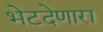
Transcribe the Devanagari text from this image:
भेटदेणारा